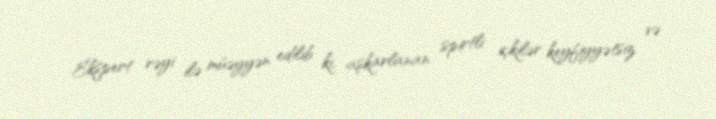
Ekspert rəyi ilə müəyyən edilib ki, aşkarlanan spirtli içkilər keyfiyyətsiz və